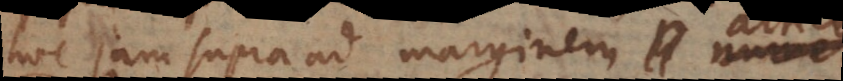
hoc jam supra ad marginem numeri